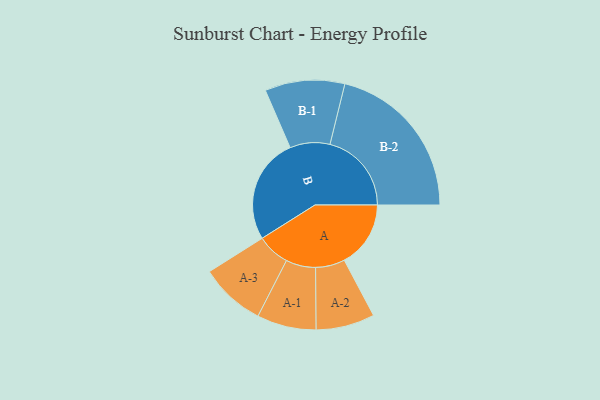
{"axis": {"x": "Segment", "y": "Value"}, "legend": ["", "A", "B"], "data": [{"x": "A", "y": 233, "type": ""}, {"x": "B", "y": 371, "type": ""}, {"x": "A-1", "y": 104, "type": "A"}, {"x": "A-2", "y": 103, "type": "A"}, {"x": "A-3", "y": 115, "type": "A"}, {"x": "B-1", "y": 140, "type": "B"}, {"x": "B-2", "y": 286, "type": "B"}]}